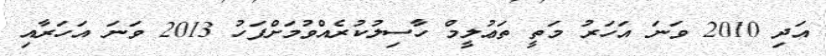
އަދި 2010 ވަނަ އަހަރު މަތީ ތަޢުލީމް ހާސިލުކުރެއްވުމަށްފަހު 2013 ވަނަ އަހަރާއި